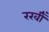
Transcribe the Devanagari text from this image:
रखीँ